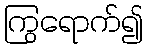
ကြွရောက်၍